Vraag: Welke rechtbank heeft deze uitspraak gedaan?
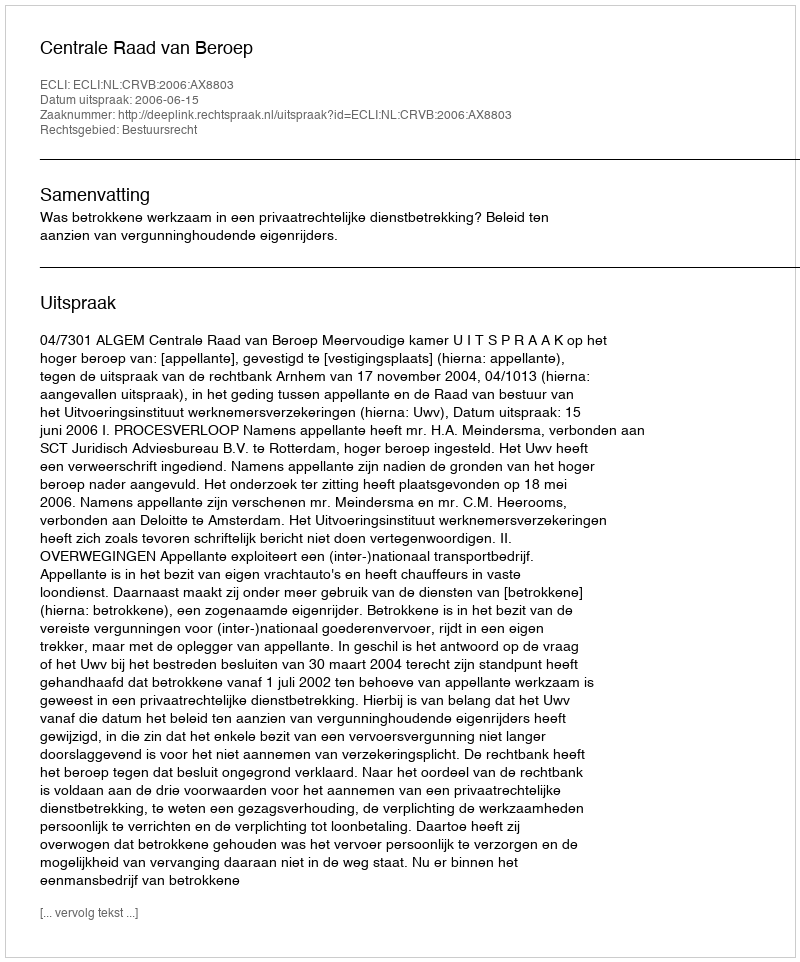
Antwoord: Centrale Raad van Beroep